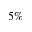
5 \%